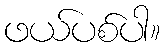
ဖယ်ပစ်ပါ။